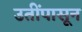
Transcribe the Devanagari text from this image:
उतींपासून